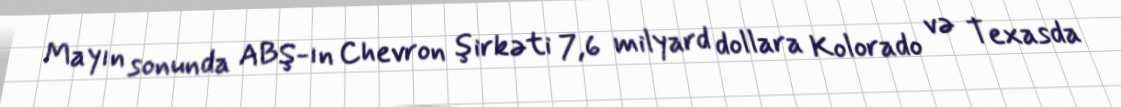
Mayın sonunda ABŞ-ın Chevron şirkəti 7,6 milyard dollara Kolorado və Texasda